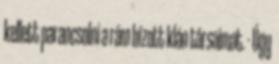
kellett parancsolni a rám bízott klán társaimat. - Úgy